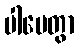
ပါပေတွာ